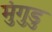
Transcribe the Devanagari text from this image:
मुंगुडु